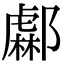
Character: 𨞹